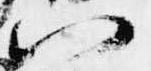
以